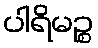
ပါရိမဉ္စ